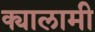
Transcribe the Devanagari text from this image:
क्यालामी